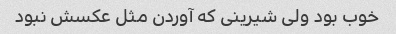
خوب بود ولی شیرینی که آوردن مثل عکسش نبود